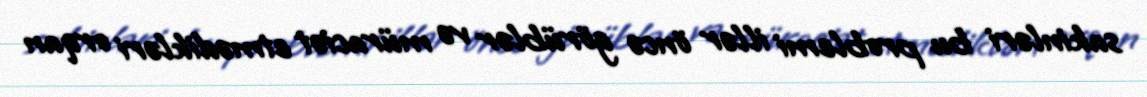
sakinləri bu problemi illər öncə görüblər və müraciət etmədikləri orqan